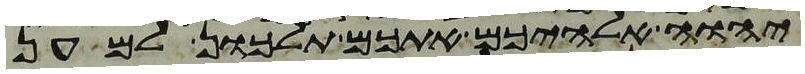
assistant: יהוה אלהיכם אתכם תלכון למען